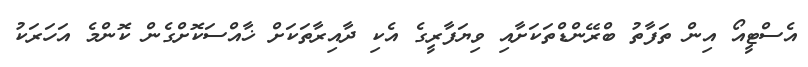
އެސްޓީއޯ އިން ތަފާތު ބްރޭންޑްތަކަށާއި ވިޔަފާރީގެ އެކި ދާއިރާތަކަށް ޚާއްސަކޮށްގެން ކޮންމެ އަހަރަކު